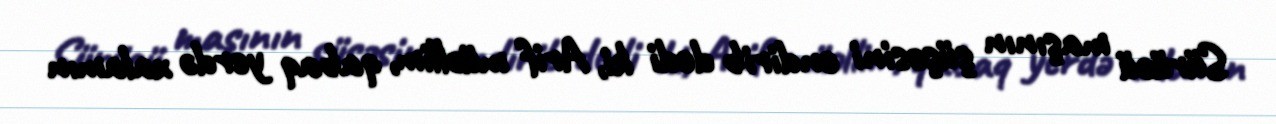
Sürücü maşının şüşəsini endirib dedi ki, Arif müəllim, qabaq yerdə xalamın